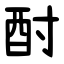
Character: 酎